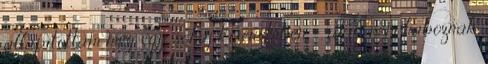
állapítottam meg egy sóhaj kíséretében -, akik nem haboznak